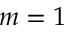
m = 1